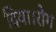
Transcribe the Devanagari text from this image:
दिया।रोग